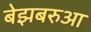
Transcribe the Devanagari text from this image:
बेझबरुआ